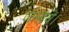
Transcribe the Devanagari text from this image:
जलायें।